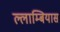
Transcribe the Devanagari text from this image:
ल्लाम्बियास